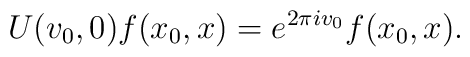
U(v_0, 0) f(x_0, x) 	= e^{ 2 \pi i v_0} f( x_0, x ).